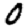
Digit: 0